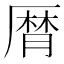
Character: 𠪠